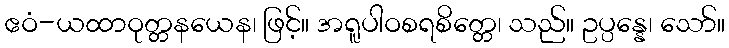
ဧဝံ-ယထာဝုတ္တနယေန၊ ဖြင့်။ အရူပါဝစရစိတ္တေ၊ သည်။ ဥပ္ပန္နေ၊ သော်။